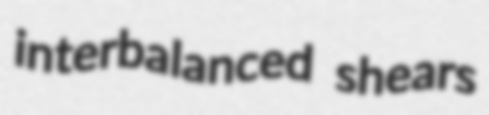
interbalanced shears